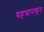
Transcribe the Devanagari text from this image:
पहचानकृत